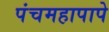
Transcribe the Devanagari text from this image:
पंचमहापापे